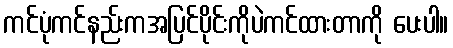
ကင်ပုံကင်နည်းကအပြင်ပိုင်းကိုပဲကင်ထားတာကို ပေးပါ။